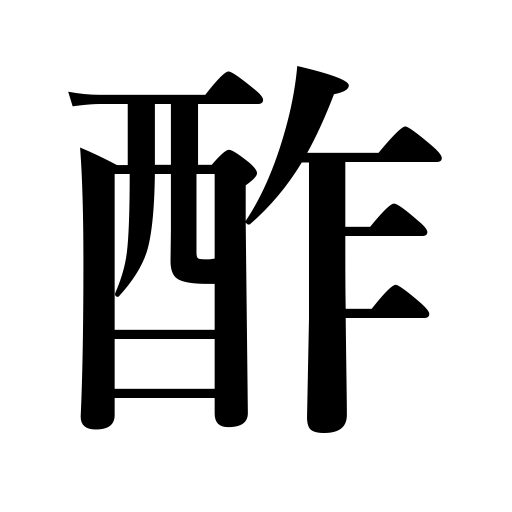
Meanings: vinegar